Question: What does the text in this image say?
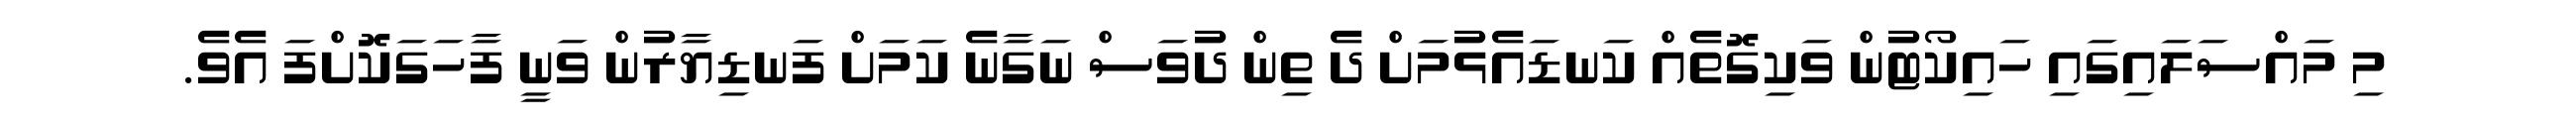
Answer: މި މައްސަލައިގައި ހައިކޯޓުން ވަކިގޮތެއް ކަނޑައެޅުމަށް ދެ ތިން ދުވަސް ނަގާނެ ކަމަށް ފަނޑިޔާރުން ވަނީ ފާހަގަކޮށްފަ އެވެ.